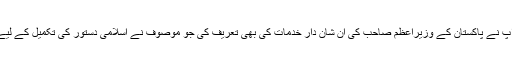
اس کے ساتھ ساتھ آپ نے پاکستان کے وزیراعظم صاحب کی ان شان دار خدمات کی بھی تعریف کی جو موصوف نے اسلامی دستور کی تکمیل کے لیے سرانجام دی تھیں۔